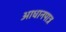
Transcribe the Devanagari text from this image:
आधानपात्र